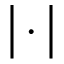
\big | \cdot \big |